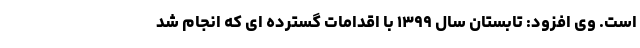
است. وی افزود: تابستان سال ۱۳۹۹ با اقدامات گسترده ای که انجام شد